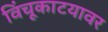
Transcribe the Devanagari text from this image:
विंचूकाटयावर